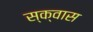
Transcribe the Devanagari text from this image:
स्क्वास